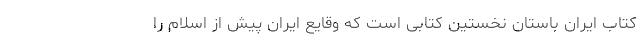
کتاب ایران باستان نخستین کتابی است که وقایع ایران پیش از اسلام را